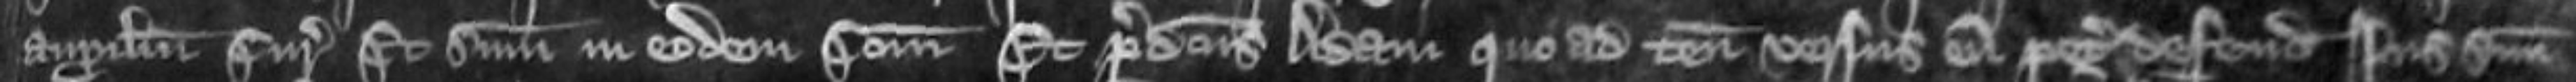
auxilium curie Et summoneatur in eodem comitatu Et predictus Adam quo ad tenementum versus eum petitum defendit jus suum